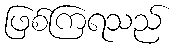
ဖြစ်ကြရသည်